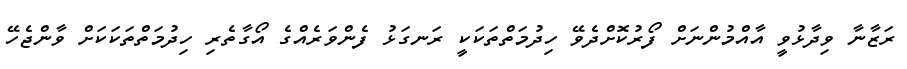
ރަޒާނާ ވިދާޅުވީ އާއްމުންނަށް ފޯރުކޮށްދެވޭ ހިދުމަތްތަކަކީ ރަނގަޅު ފެންވަރެއްގެ އޯގާތެރި ހިދުމަތްތަކަކަށް ވާންޖެހޭ